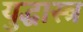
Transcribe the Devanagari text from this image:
युद्धास्त्र